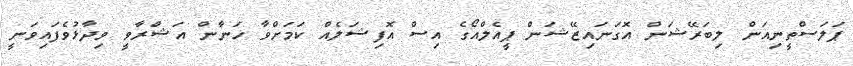
ޕަލަސްތީނިއަން ލިބަރޭޝަން އޮގަނައިޒޭޝަން ޕީއެލްއޯގެ އިސް އޮފިޝަލެއް ކަމަށްވާ ހަނާން އަޝްރާވީ ވިދާޅުވެފައިވަނީ